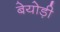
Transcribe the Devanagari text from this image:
बेयोड़ी